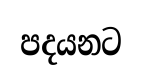
පදයනට